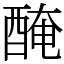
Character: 醃